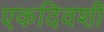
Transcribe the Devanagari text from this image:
एकदिवशी